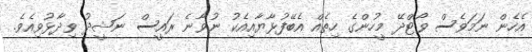
އެހެން ނަމަވެސް ވޯޓްދޭ މީހުންގެ ހިތެއް އެބޭފުޅާޔާއިއެކު ނުވާނެ ރައީސް ނަޝީދު ވިދާޅުވިއެވެ.